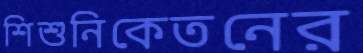
শিশুনিকেতনের